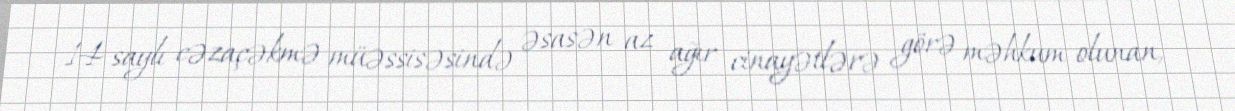
14 saylı cəzaçəkmə müəssisəsində əsasən az ağır cinayətlərə görə məhkum olunan,